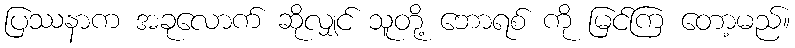
ပြဿနာက အခုလောက် ဆိုလျှင် သူတို့ ဘောရစ် ကို မြင်ကြ တော့မည်။